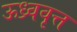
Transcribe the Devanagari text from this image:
ऊध्र्ववृत्त